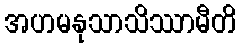
အဟမနုသာသိဿာမီတိ